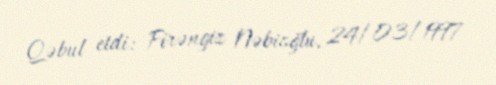
Qəbul etdi: Firəngiz Nəbioğlu, 24/03/1997